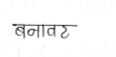
मजकूर: बनावट